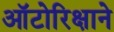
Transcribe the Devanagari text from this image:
ऑटोरिक्षाने